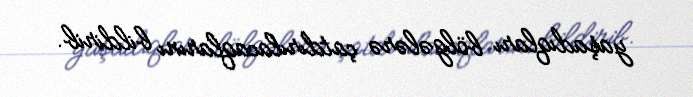
yaşadıqları bölgələrə çatdırılacaqlarını bildirib.